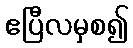
ဧပြီလမှစ၍